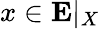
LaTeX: x\in\textbf{E}|_{X}